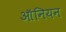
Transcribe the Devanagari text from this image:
ऑनियन